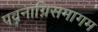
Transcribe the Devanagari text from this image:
पवनाग्निसमागम